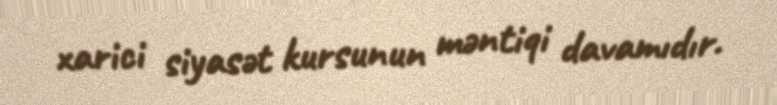
xarici siyasət kursunun məntiqi davamıdır.